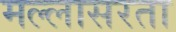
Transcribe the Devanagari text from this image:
मल्लासरता